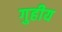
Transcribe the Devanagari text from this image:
गुहीय